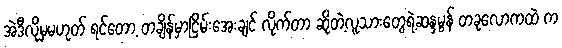
အဲဒီလိုမှမဟုတ် ရင်တော့ တချိန်မှာငြိမ်းအေးချင် လိုက်တာ ဆိုတဲ့လူသားတွေရဲ့ဆန္ဒမွန် တခုလောကထဲ က